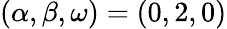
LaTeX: (\alpha,\beta,\omega)=(0,2,0)